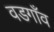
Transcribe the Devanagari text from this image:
वडगाँव